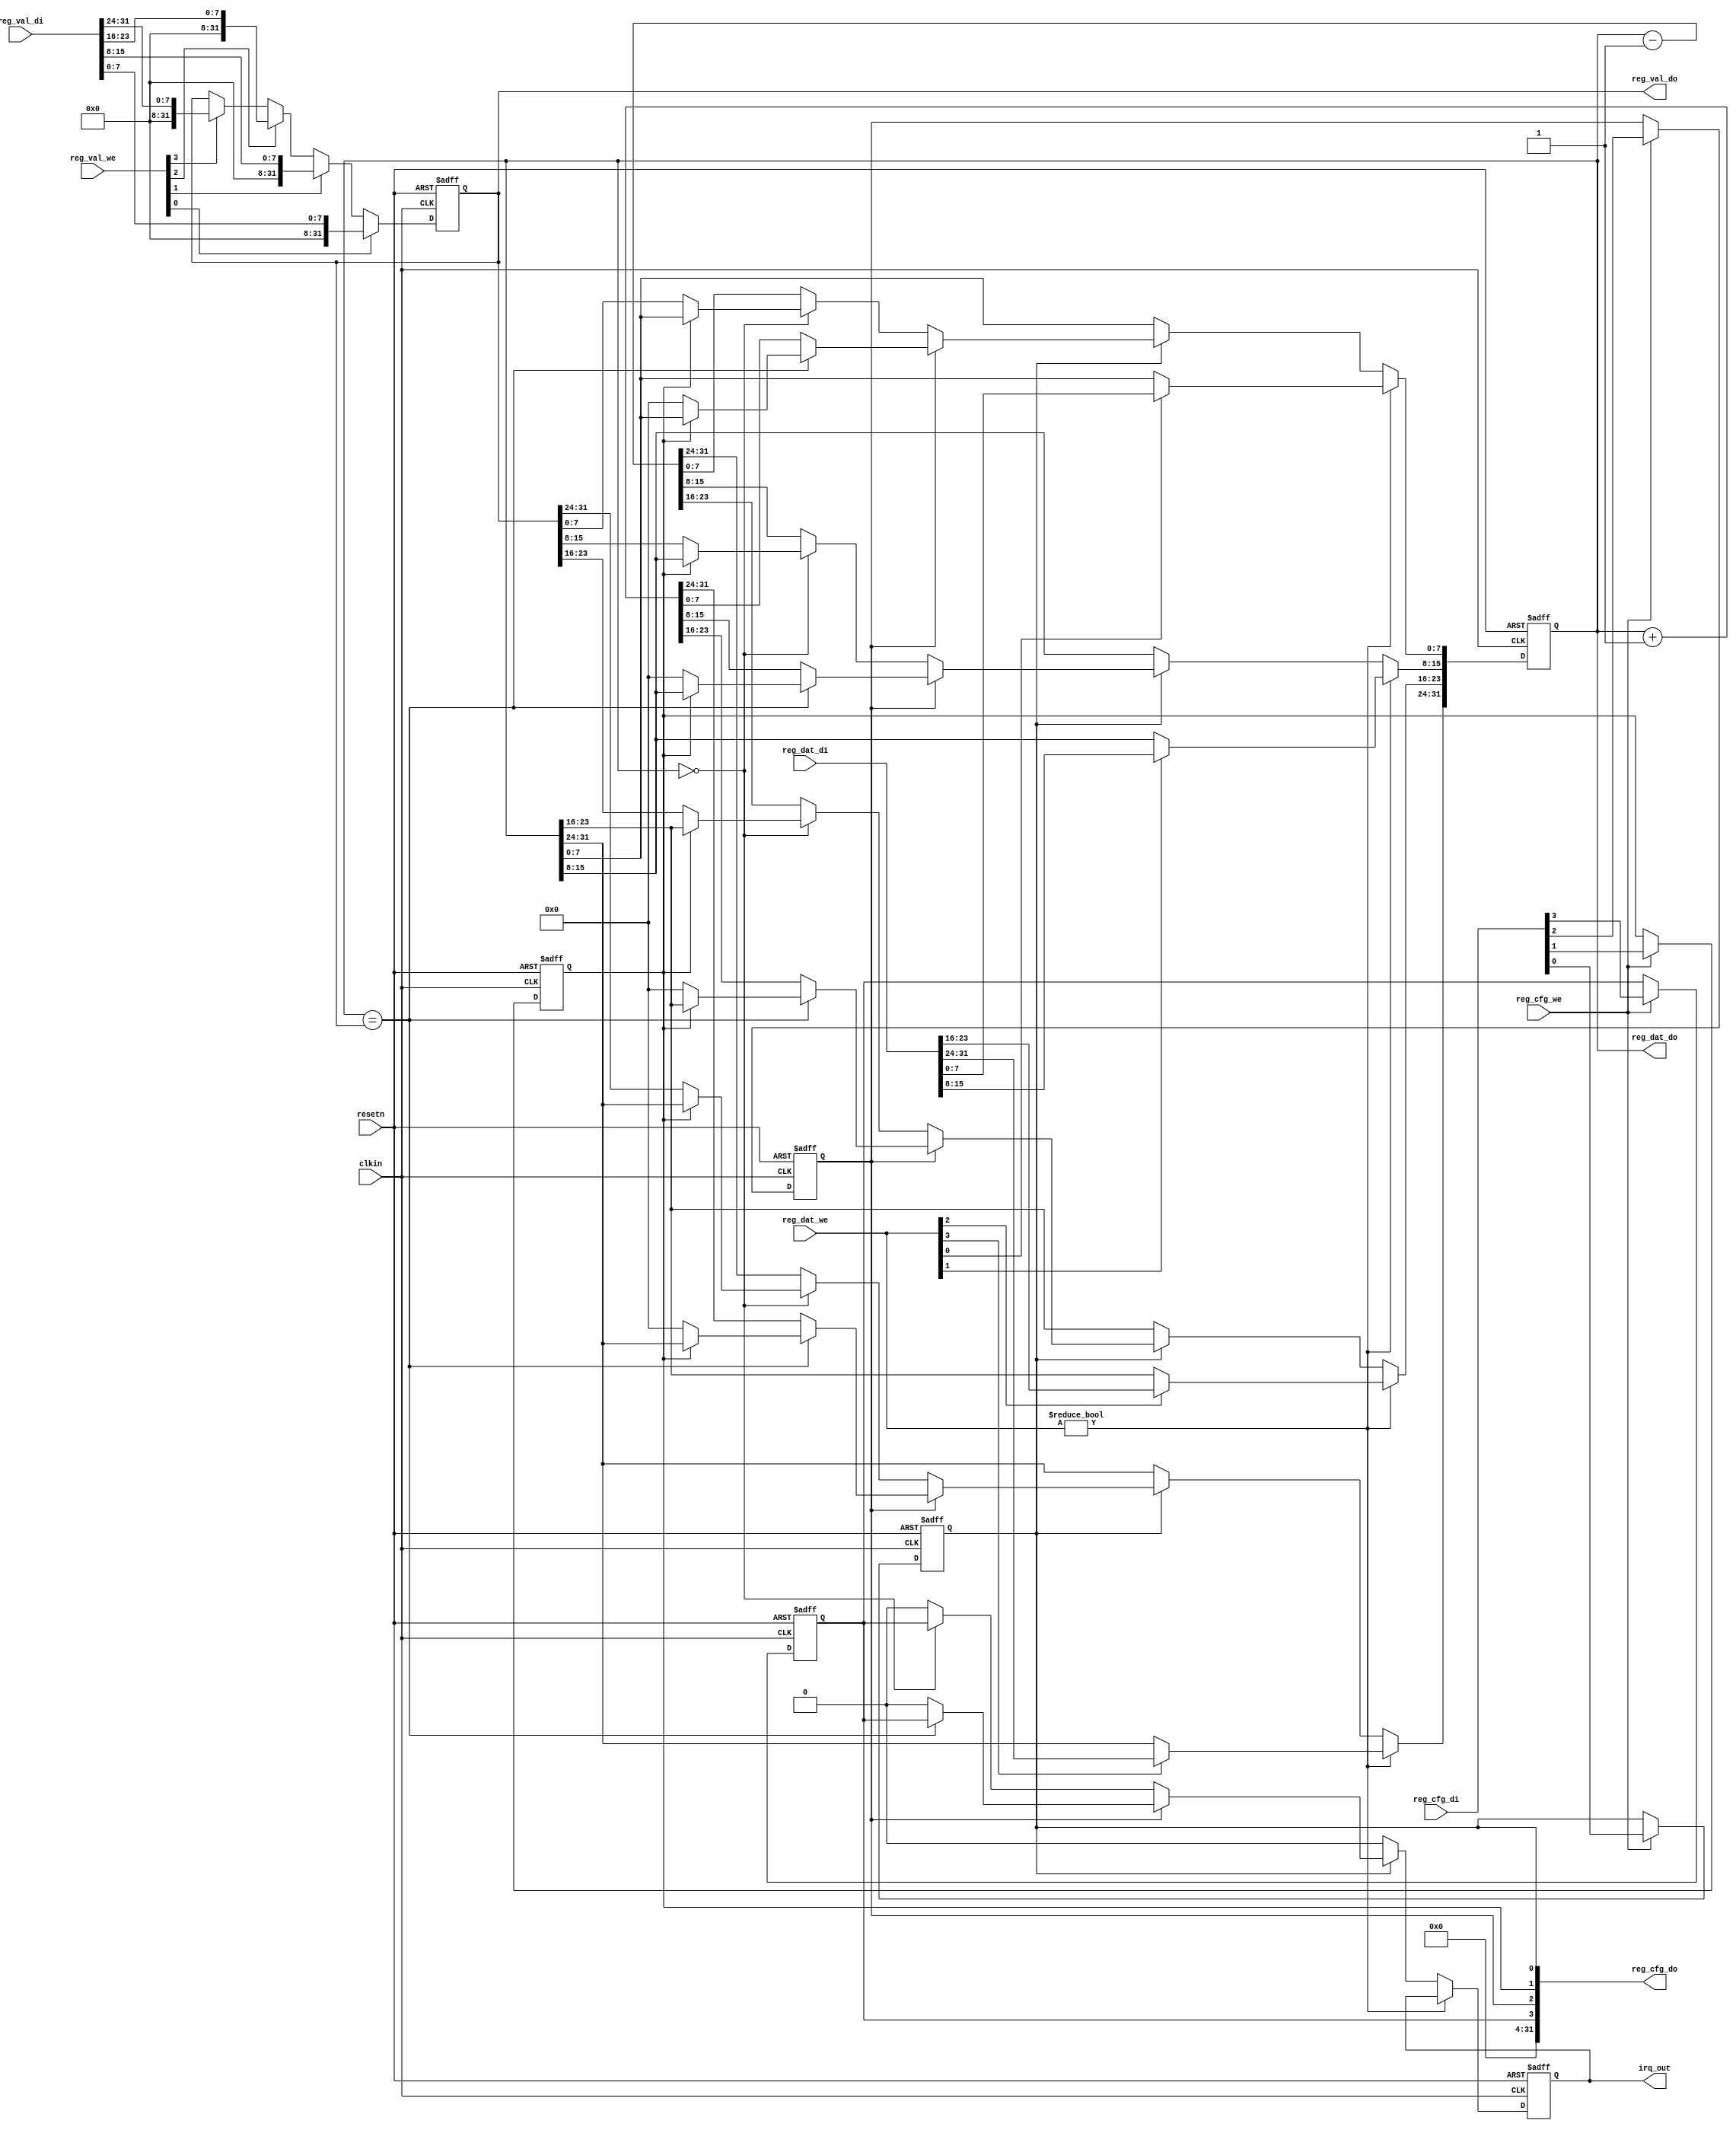
module counter_timer (
    input resetn,
    input clkin,

    input  [3:0]  reg_val_we,
    input  [31:0] reg_val_di,
    output [31:0] reg_val_do,

    input 	  reg_cfg_we,
    input  [31:0] reg_cfg_di,
    output [31:0] reg_cfg_do,

    input  [3:0]  reg_dat_we,
    input  [31:0] reg_dat_di,
    output [31:0] reg_dat_do,
    output	  irq_out
);

reg [31:0] value_cur;
reg [31:0] value_reset;
reg	   irq_out;

reg enable;	// Enable (start) the counter/timer
reg oneshot;	// Set oneshot (1) mode or continuous (0) mode
reg updown;	// Count up (1) or down (0)
reg irq_ena;	// Enable interrupt on timeout

// Configuration register

assign reg_cfg_do = {28'd0, irq_ena, updown, oneshot, enable};

always @(posedge clkin or negedge resetn) begin
    if (resetn == 1'b0) begin
	enable <= 1'b0;
	oneshot <= 1'b0;
	updown <= 1'b0;
	irq_ena <= 1'b0;
    end else begin
	if (reg_cfg_we) begin
	    enable <= reg_cfg_di[0];
	    oneshot <= reg_cfg_di[1];
	    updown <= reg_cfg_di[2];
	    irq_ena <= reg_cfg_di[3];
	end
    end
end

// Counter/timer reset value register

assign reg_val_do = value_reset;

always @(posedge clkin or negedge resetn) begin
    if (resetn == 1'b0) begin
	value_reset <= 32'd0;
    end else begin
	if (reg_val_we[3]) value_reset <= reg_val_di[31:24];
	if (reg_val_we[2]) value_reset <= reg_val_di[23:16];
	if (reg_val_we[1]) value_reset <= reg_val_di[15:8];
	if (reg_val_we[0]) value_reset <= reg_val_di[7:0];
    end
end

assign reg_dat_do = value_cur;

// Counter/timer current value register and timer implementation

always @(posedge clkin or negedge resetn) begin
    if (resetn == 1'b0) begin
	value_cur <= 32'd0;	
	irq_out <= 1'b0;
    end else begin
	if (reg_dat_we != 4'b0000) begin
	    if (reg_dat_we[3] == 1'b1) value_cur[31:24] <= reg_dat_di[31:24];
	    if (reg_dat_we[2] == 1'b1) value_cur[23:16] <= reg_dat_di[23:16];
	    if (reg_dat_we[1] == 1'b1) value_cur[15:8] <= reg_dat_di[15:8];
	    if (reg_dat_we[0] == 1'b1) value_cur[7:0] <= reg_dat_di[7:0];
	end else if (enable == 1'b1) begin
	    if (updown == 1'b1) begin
		if (value_cur == value_reset) begin
		    if (oneshot != 1'b1) begin
			value_cur <= 32'd0;
		    end
		    irq_out <= irq_ena;
		end else begin
		    value_cur <= value_cur + 1;	// count up
		    irq_out <= 1'b0;
		end
	    end else begin
		if (value_cur == 32'd0) begin
		    if (oneshot != 1'b1) begin
			value_cur <= value_reset;
		    end
		    irq_out <= irq_ena;
		end else begin
		    value_cur <= value_cur - 1;	// count down
		    irq_out <= 1'b0;
		end
	    end
	end else begin
	    irq_out <= 1'b0;
	end
    end
end

endmodule